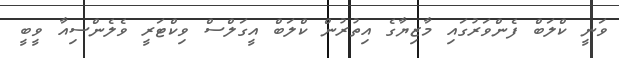
ވަނީ ކްލަބް ފެންވަރުގައި މާޒިޔާގެ އިތުރުން ކްލަބް އީގަލްސް ވިކްޓަރީ ވެލެންސިއާ ވީބީ